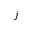
j